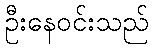
ဦးနေဝင်းသည်